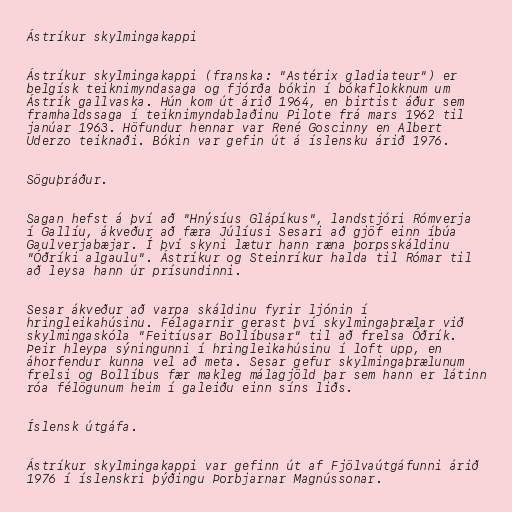
Ástríkur skylmingakappi

Ástríkur skylmingakappi (franska: "Astérix gladiateur") er
belgísk teiknimyndasaga og fjórða bókin í bókaflokknum um
Ástrík gallvaska. Hún kom út árið 1964, en birtist áður sem
framhaldssaga í teiknimyndablaðinu Pilote frá mars 1962 til
janúar 1963. Höfundur hennar var René Goscinny en Albert
Uderzo teiknaði. Bókin var gefin út á íslensku árið 1976.

Söguþráður.

Sagan hefst á því að "Hnýsíus Glápíkus", landstjóri Rómverja
í Gallíu, ákveður að færa Júlíusi Sesari að gjöf einn íbúa
Gaulverjabæjar. Í því skyni lætur hann ræna þorpsskáldinu
"Óðríki algaulu". Ástríkur og Steinríkur halda til Rómar til
að leysa hann úr prísundinni.

Sesar ákveður að varpa skáldinu fyrir ljónin í
hringleikahúsinu. Félagarnir gerast því skylmingaþrælar við
skylmingaskóla "Feitíusar Bollíbusar" til að frelsa Óðrík.
Þeir hleypa sýningunni í hringleikahúsinu í loft upp, en
áhorfendur kunna vel að meta. Sesar gefur skylmingaþrælunum
frelsi og Bollíbus fær makleg málagjöld þar sem hann er látinn
róa félögunum heim í galeiðu einn síns liðs.

Íslensk útgáfa.

Ástríkur skylmingakappi var gefinn út af Fjölvaútgáfunni árið
1976 í íslenskri þýðingu Þorbjarnar Magnússonar.